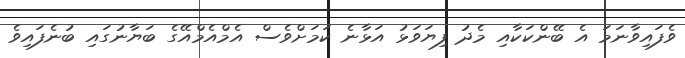
ވެފައިވާނަމަ އެ ބޭންކަކާއި މެދު ފިޔަވަޅު އަޅާނެ ކަމަށްވެސް އެމްއެމްއޭގެ ބަޔާނުގައި ބުނެފައިވެ